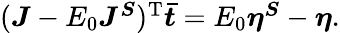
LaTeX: \begin{array}{r}{(\boldsymbol{J}-E_{0}{\boldsymbol{J^{S}}})^{\mathrm{T}}\boldsymbol{\bar{t}}=E_{0}{\boldsymbol{\eta^{S}}}-\boldsymbol{\eta}.}\end{array}